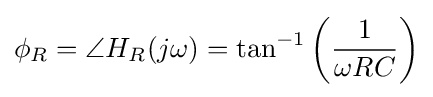
\phi _{R}=\angle H_{R}(j\omega )=\tan ^{-1}\left({\frac {1}{\omega RC}}\right)